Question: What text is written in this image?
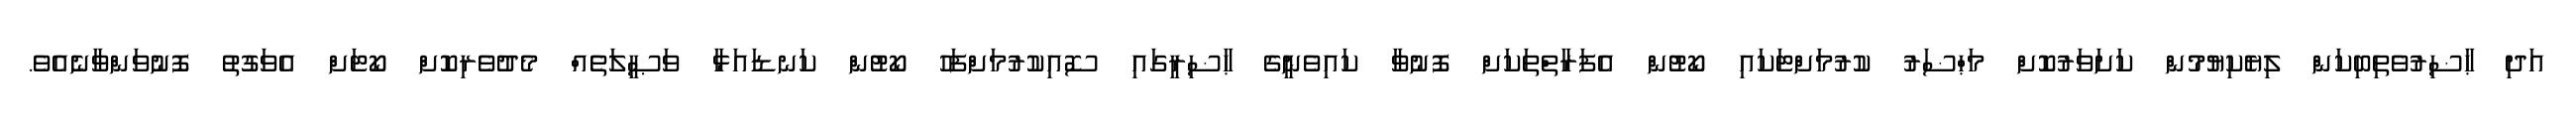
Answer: އަދި ޙާޟިރުވެތިބިކަން ލިޔެކިޔުމުން ކަށަވަރުކޮށް މަޙްޟަރު ކުރުމަށްޓަކައި ކޯޓުން އެފަރާތްތަކަށް ފޮނުވާ ކައިވެނީގެ ޙާޟިރީގައި ސޮއިކުރުމަށްފަހު ކޯޓުން ކަނޑައަޅާ ވަޞީލަތެއް މެދުވެރިކޮށް ކޯޓަށް އެވަގުތު ފޮނުވަންވާނެއެވެ.